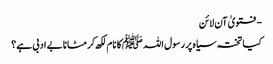
- فتویٰ آن لائن
کیا تختہ سیاہ پر رسول اللہ ﷺکا نام لکھ کر مٹانا بے ادبی ہے؟